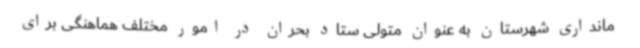
مانداری شهرستان به عنوان متولی ستاد بحران در امور مختلف هماهنگی برای